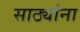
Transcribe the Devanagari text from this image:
साठ्यांना